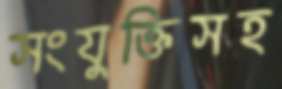
সংযুক্তিসহ